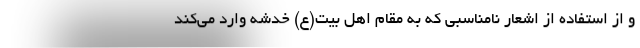
و از استفاده از اشعار نامناسبی که به مقام اهل بیت(ع) خدشه وارد می‌کند